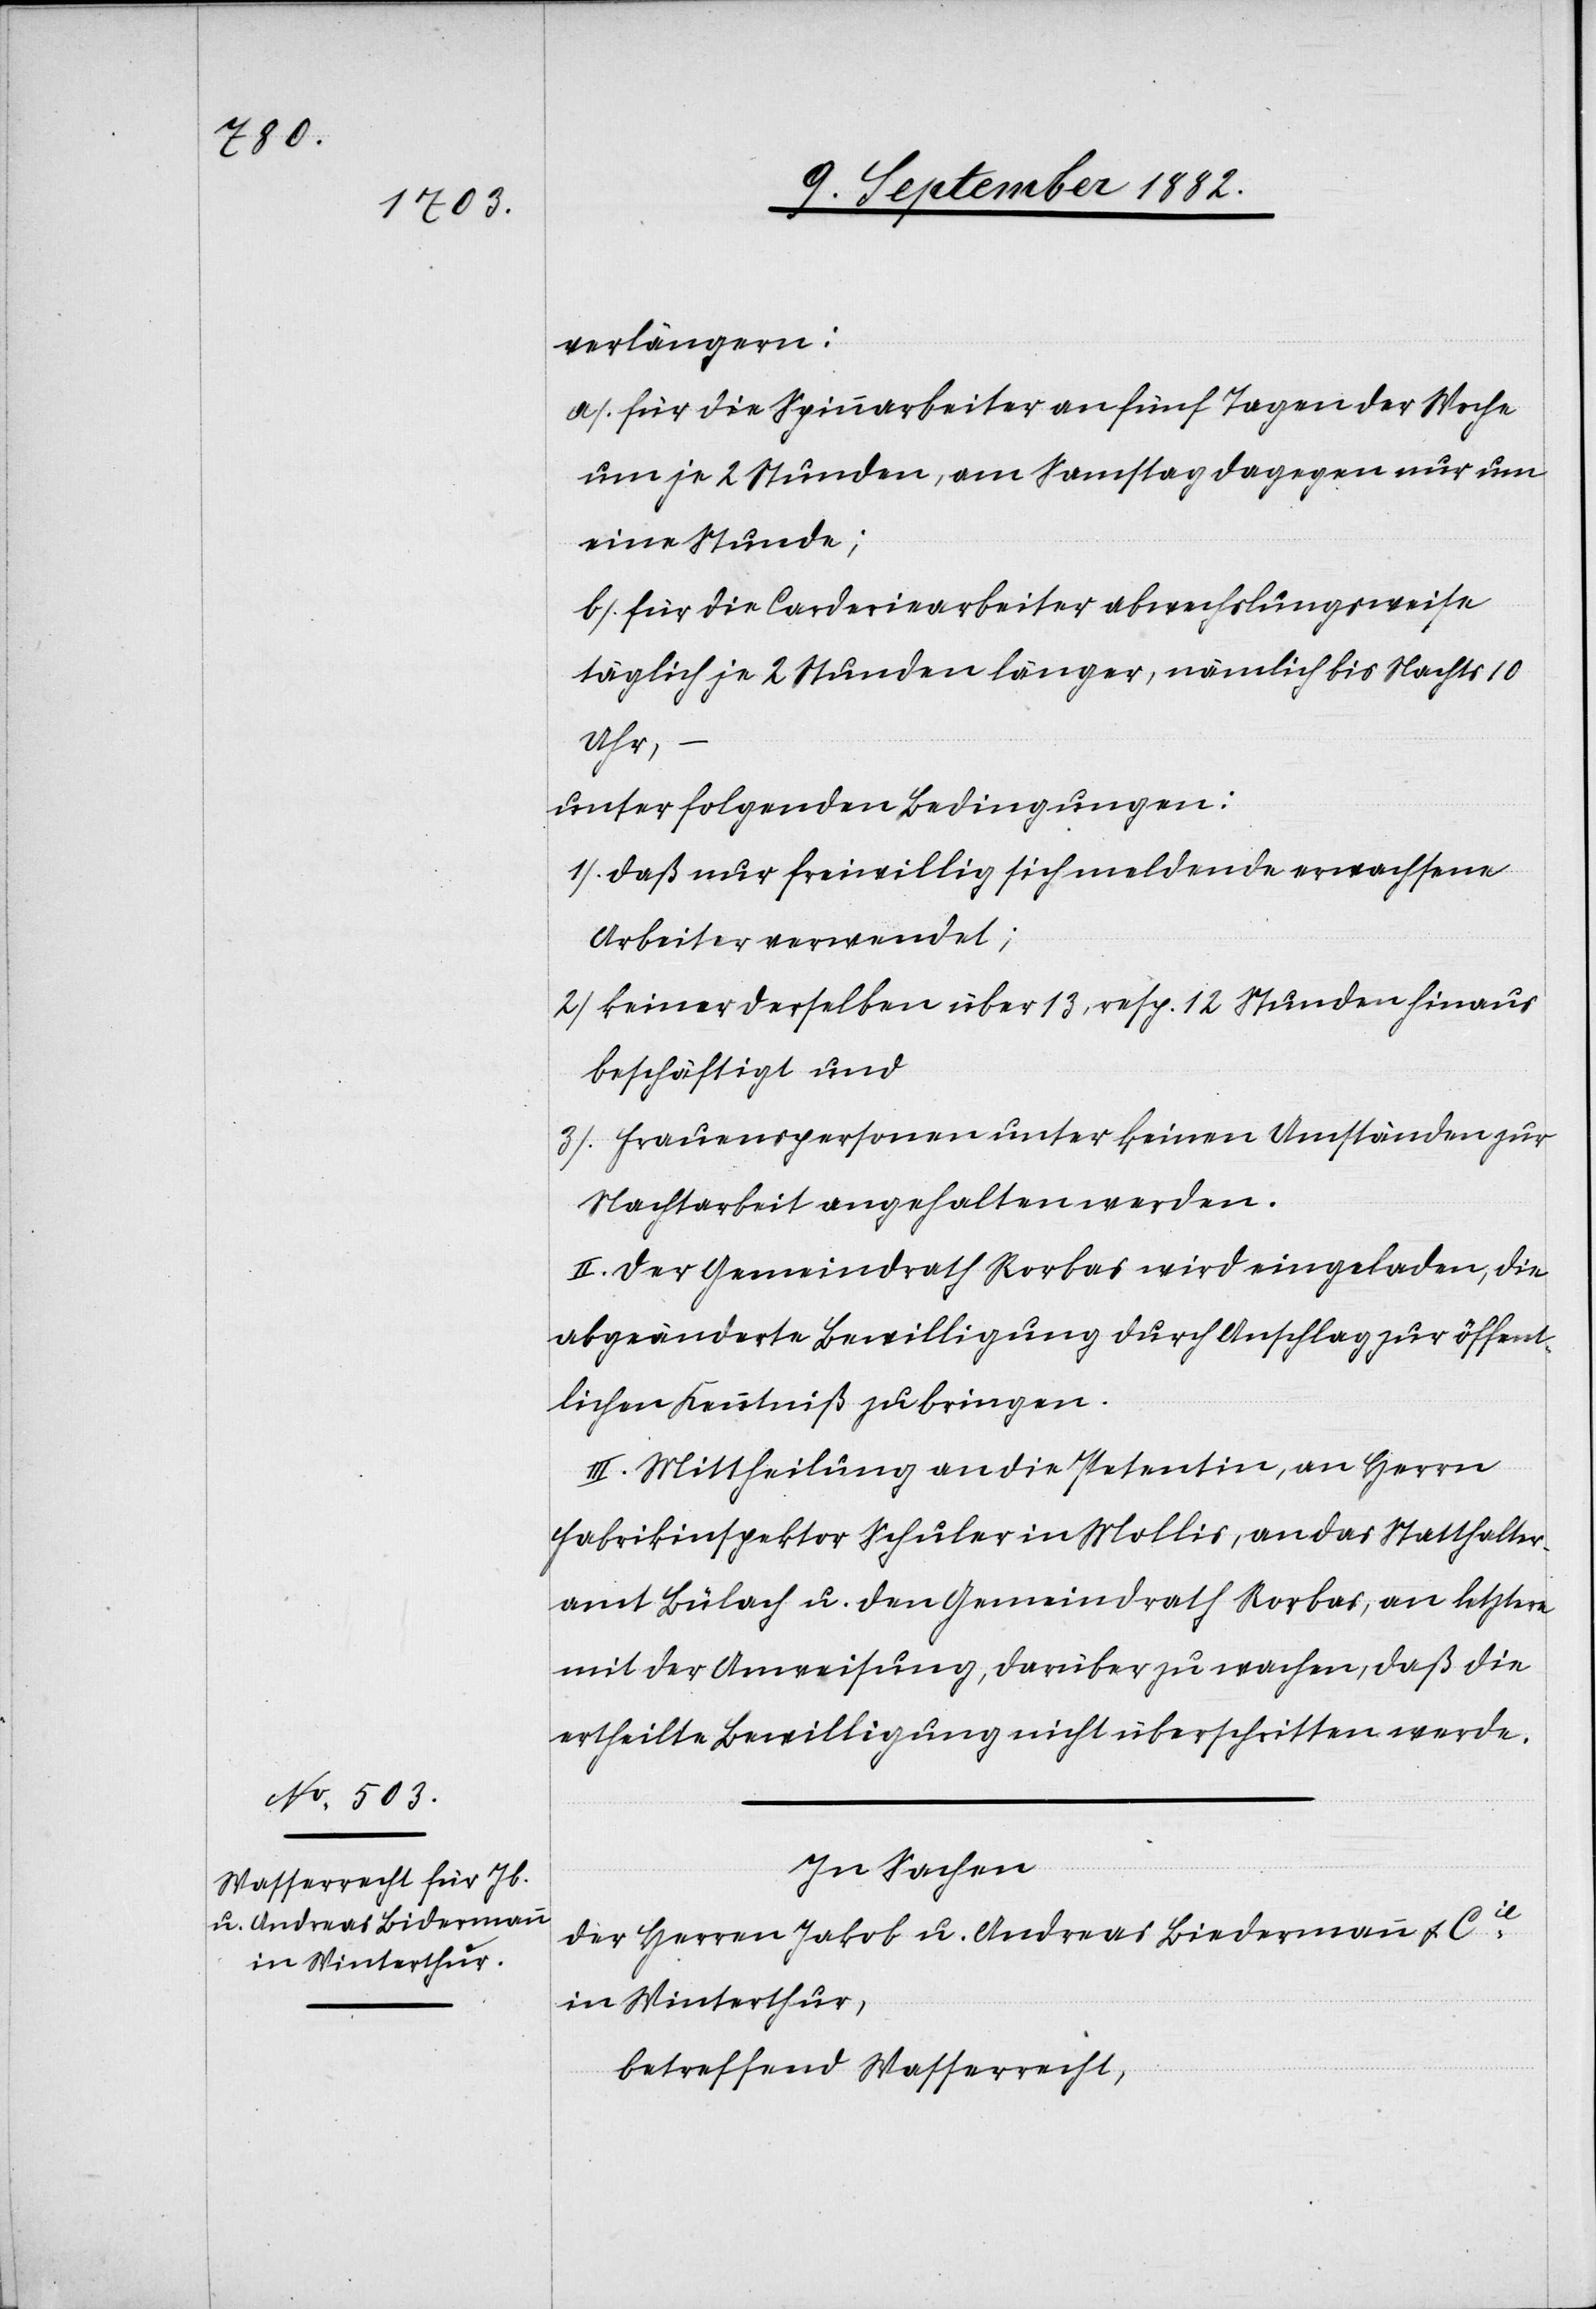
verlängern:
a) für die Spinnarbeiter an fünf Tagen der Woche
um je 2 Stunden, am Samstag dagegen nur um
eine Stunde;
b) für die Carderiearbeiter abwechslungsweise
täglich je 2 Stunden länger, nämlich bis Nachts 10
Uhr,
unter folgenden Bedingungen:
1) Daß nur freiwillig sich meldende erwachsene
Arbeiter verwendet;
2) keiner derselben über 13, resp. 12 Stunden hinaus
beschäftigt und
3) Frauenspersonen unter keinen Umständen zur
Nachtarbeit angehalten werden.
II. Der Gemeindrath Rorbas wird eingeladen, die
abgeänderte Bewilligung durch Anschlag zur öffent¬
lichen Kenntniß zu bringen.
III. Mittheilung an die Petentin, an Herrn
Fabrikinspektor Schuler in Mollis, an das Statthalter¬
amt Bülach u. den Gemeindrath Rorbas, an letztern
mit der Anweisung, darüber zu wachen, daß die
ertheilte Bewilligung nicht überschritten werde.
In Sachen
der Herren Jakob u. Andreas Biedermann [sic!]
in Winterthur,
betreffend Wasserrecht,